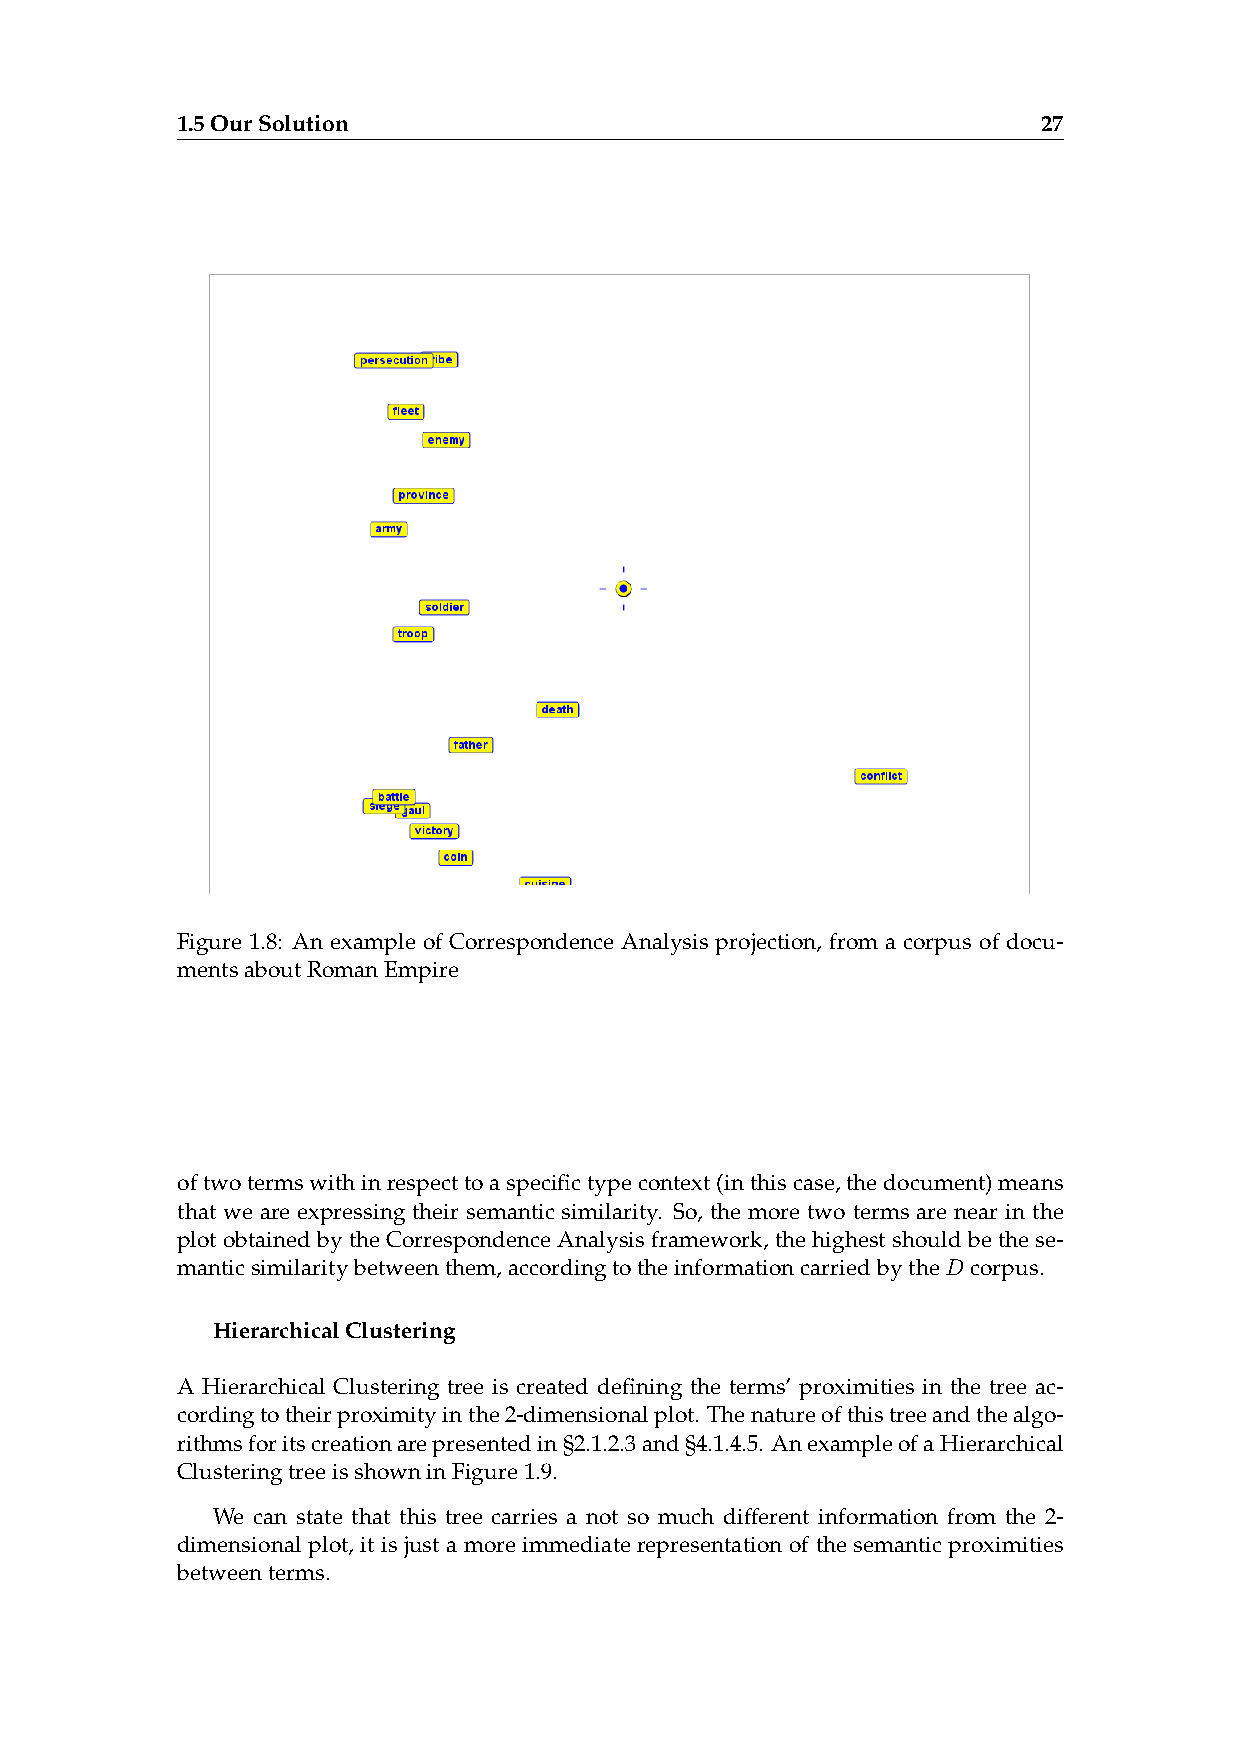
1.5OurSolution                                           27
 Figure 1.8: An example of Correspondence Analysis projection, from a corpus of docu-
 mentsaboutRomanEmpire
 oftwotermswithinrespecttoaspecifictypecontext(inthiscase,thedocument)means
 that we are expressing their semantic similarity. So, the more two terms are near in the
 plotobtainedbytheCorrespondenceAnalysisframework,thehighestshouldbethese-
 manticsimilaritybetweenthem,accordingtotheinformationcarriedbytheD corpus.
 HierarchicalClustering
 A Hierarchical Clustering tree is created defining the terms’ proximities in the tree ac-
 cordingtotheirproximityinthe2-dimensionalplot. Thenatureofthistreeandthealgo-
 rithmsforitscreationarepresentedin§2.1.2.3and§4.1.4.5. AnexampleofaHierarchical
 ClusteringtreeisshowninFigure1.9.
 We can state that this tree carries a not so much different information from the 2-
 dimensional plot, it is just a more immediate representation of the semantic proximities
 betweenterms.